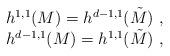
LaTeX: \begin{align*}\begin{array}{c} h^{1,1}(M) = h^{d-1,1}(\tilde M)~,\\ h^{d-1,1}(M)= h^{1,1}(\tilde M) ~, \end{array}\end{align*}